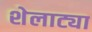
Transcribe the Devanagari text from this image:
शेलाट्या